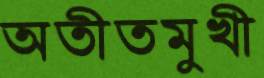
অতীতমুখী